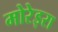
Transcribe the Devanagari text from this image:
मोरेइरा